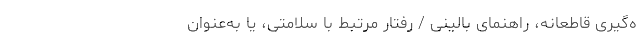
ه‌گیری قاطعانه، راهنمای بالینی / رفتار مرتبط با سلامتی، یا به‌عنوان